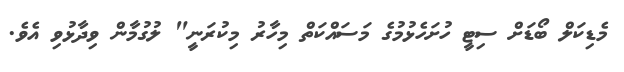
މެޑިކަލް ބޯޑަށް ސިޓީ ހުށަހެޅުމުގެ މަސައްކަތް މިހާރު މިކުރަނީ" ލުގުމާން ވިދާޅުވި އެވެ.